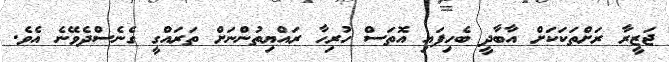
ޖަޒީރާ ރަށްތަކަކަށް އާބާދީ ބެހިފައި އޮތަސް ހުރިހާ ރައްޔިތުންނަށް ތަރައްގީ ގެނެސްދެވޭނެ އެވެ.